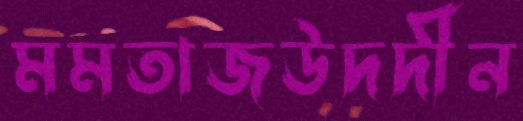
মমতাজউদদীন